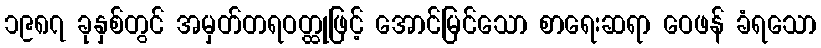
၁၉၈၇ ခုနှစ်တွင် အမှတ်တရဝတ္ထုဖြင့် အောင်မြင်သော စာရေးဆရာ ဝေဖန် ခံရသော